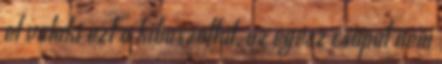
el valaki ezt a kibaszottat, az egész csapat nem